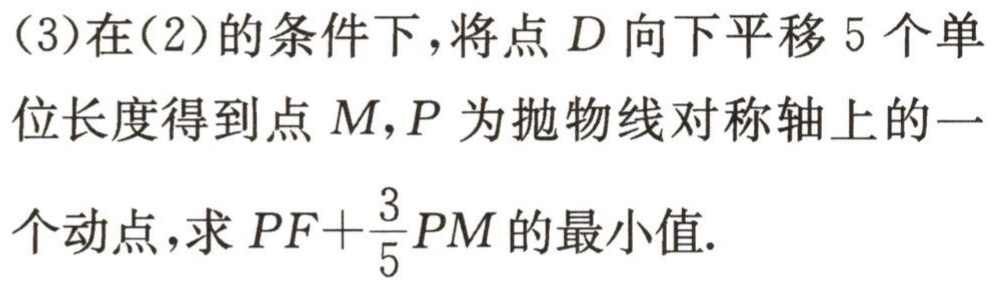
(3)在(2)的条件下，将点\(D\)向下平移\(5\)个单位长度得到点\(M\)，\(P\)为抛物线对称轴上的一个动点，求\(PF + \frac{3}{5}PM\)的最小值.